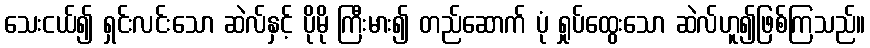
သေးငယ်၍ ရှင်းလင်းသော ဆဲလ်နှင့် ပိုမို ကြီးမား၍ တည်ဆောက် ပုံ ရှုပ်ထွေးသော ဆဲလ်ဟူ၍ဖြစ်ကြသည်။